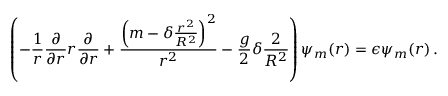
\left( - { \frac { 1 } { r } } { \frac { \partial } { \partial r } } r { \frac { \partial } { \partial r } } + { \frac { \left( m - \delta { \frac { r ^ { 2 } } { R ^ { 2 } } } \right) ^ { 2 } } { r ^ { 2 } } } - { \frac { g } { 2 } } \delta { \frac { 2 } { R ^ { 2 } } } \right) \psi _ { m } ( r ) = \epsilon \psi _ { m } ( r ) \, .